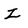
Character: z